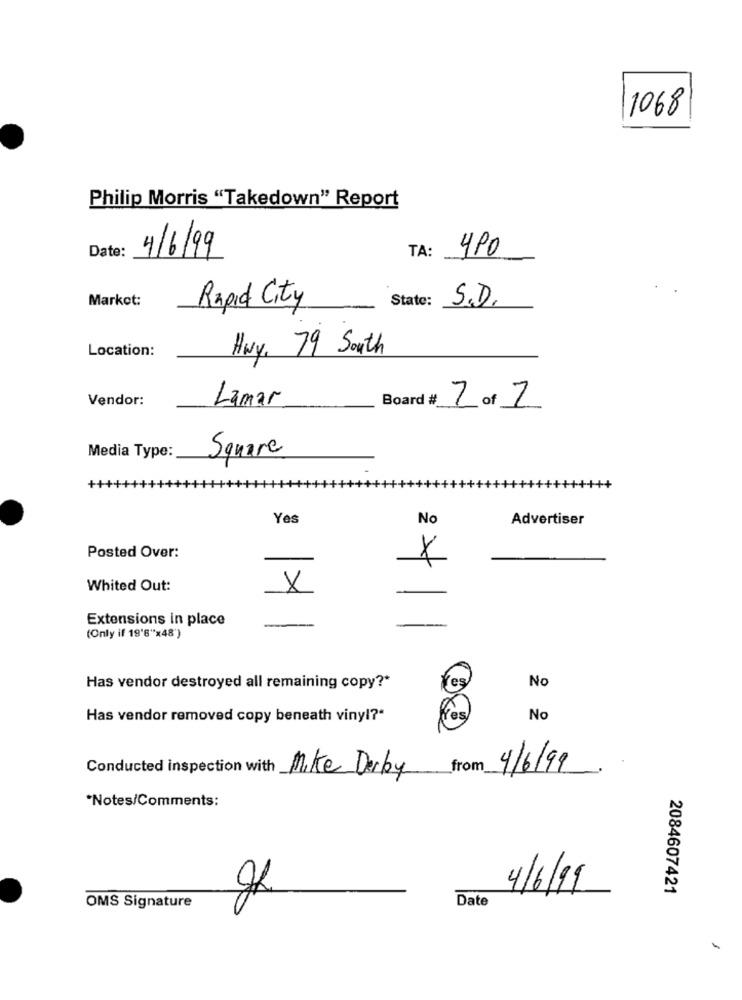
1068
Philip Morris "Takedown" Report
Date:
4/6/99
TA:
4PO
Market:
Rapid City
State:
Location:
Hwy, 79 South
Vendor:
Lamar
Board #_
2 of 2
Media Type:
Square
Yes
No
Advertiser
Posted Over:
X
Whited Out:
X
Extensions in place
(Only if 19'6"x48')
Has vendor destroyed all remaining copy ?*
No
Has vendor removed copy beneath vinyl?"
Yes,
No
Conducted inspection with
Mike Derby from 4/6/99
*Notes/Comments:
4/6/19
2084607421
Date
OMS Signature
-